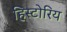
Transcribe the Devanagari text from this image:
हिस्टोरिय